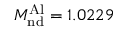
M _ { \mathrm { n d } } ^ { \mathrm { A l } } = 1 . 0 2 2 9 \, \